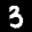
Label: 3